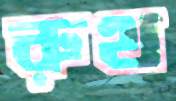
রুথ